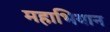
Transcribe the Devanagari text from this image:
महाभियान